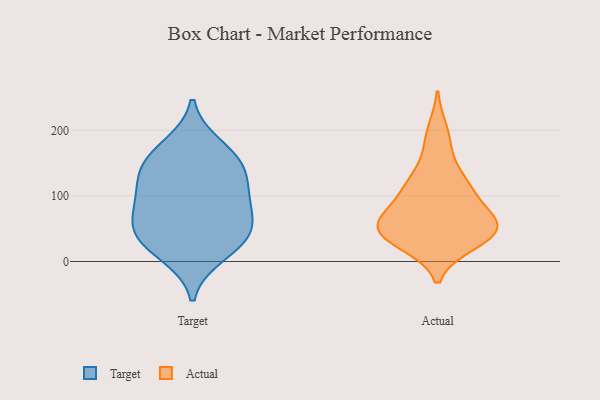
{"axis": {"x": "Operating Costs (USD K)", "y": "Value"}, "legend": ["Actual", "Target"], "data": [{"x": "", "y": 52, "type": "Target"}, {"x": "", "y": 176, "type": "Target"}, {"x": "", "y": 44, "type": "Target"}, {"x": "", "y": 27, "type": "Target"}, {"x": "", "y": 97, "type": "Target"}, {"x": "", "y": 143, "type": "Target"}, {"x": "", "y": 107, "type": "Target"}, {"x": "", "y": 51, "type": "Target"}, {"x": "", "y": 139, "type": "Target"}, {"x": "", "y": 86, "type": "Target"}, {"x": "", "y": 157, "type": "Target"}, {"x": "", "y": 11, "type": "Target"}, {"x": "", "y": 169, "type": "Actual"}, {"x": "", "y": 101, "type": "Actual"}, {"x": "", "y": 49, "type": "Actual"}, {"x": "", "y": 30, "type": "Actual"}, {"x": "", "y": 53, "type": "Actual"}, {"x": "", "y": 52, "type": "Actual"}, {"x": "", "y": 32, "type": "Actual"}, {"x": "", "y": 52, "type": "Actual"}, {"x": "", "y": 71, "type": "Actual"}, {"x": "", "y": 64, "type": "Actual"}, {"x": "", "y": 27, "type": "Actual"}, {"x": "", "y": 62, "type": "Actual"}, {"x": "", "y": 200, "type": "Actual"}, {"x": "", "y": 115, "type": "Actual"}, {"x": "", "y": 117, "type": "Actual"}, {"x": "", "y": 122, "type": "Actual"}]}